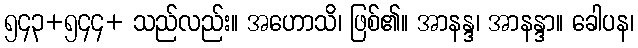
၅၄၃+၅၄၄+ သည်လည်း။ အဟောသိ၊ ဖြစ်၏။ အာနန္ဒ၊ အာနန္ဒာ။ ခေါပန၊